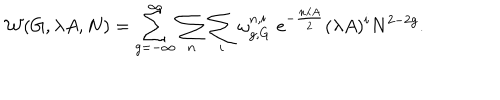
LaTeX: { \cal W } ( G , \lambda A , N ) = \sum _ { g = - \infty } ^ { \infty } \sum _ { n } \sum _ { i } \omega _ { g , G } ^ { n , i } \; e ^ { - { \frac { n \lambda A } { 2 } } } ( \lambda A ) ^ { i } N ^ { 2 - 2 g } .